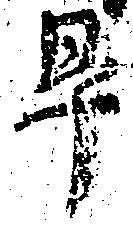
畢